Medical and sanitary report on the native army of Bombay for the year
Year: 1878
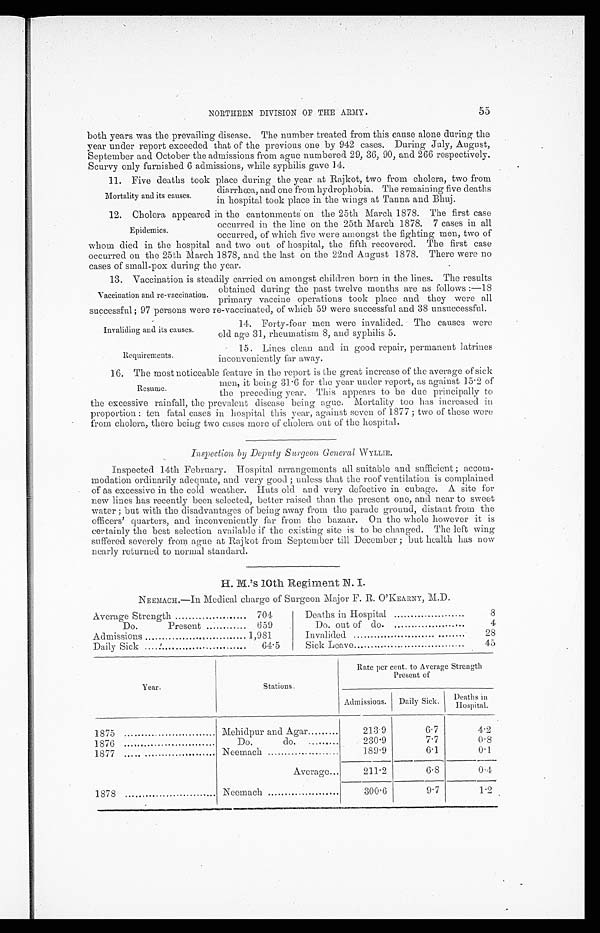
Invaliding and its causes.
Requirements.
NORTHERN DIVISION OF THE ARMY
55
both years was the prevailing disease. The number treated from this cause alone during the
year under report exceeded that of the previous one by 942 cases. During July, August,
September and October the admissions from ague numbered 29, 36, 90, and 266 respectively.
Scurvy only furnished 6 admissions, while syphilis gave 14.
11. Five deaths took place during the year at Raikot, two from cholera, two from
Mortality and its causes.
diarrhœa, and one from hydrophobia. The remaining five deaths
in hospital took place in the wings at Tanna and Bhuj.
12. Cholera appeared in the cantonments on the 25th March 1878. The first case
Epidemics.
occurred in the line on the 25th March 1878. 7 cases in all
occurred, of which five were amongst the fighting men, two of
whom died in the hospital and two out of hospital, the fifth recovered. The first case
occurred on the 25th March 1878, and the last on the 22nd August 1878. There were no
cases of small-pox during the year.
13. Vaccination is steadily carried on amongst children born in the lines. The results
Vaccination and re-vaccination. obtained during the past twelve months are as follows :—18
primary vaccine operations took place and they were all
successful; 97 persons were re-vaccinated, of which 59 were successful and 38 unsuccessful.
14. Forty-four men were invalided. The causes were
old age 31, rheumatism 8, and syphilis 5.
15. Lines clean and in good repair, permanent latrines
inconveniently far away.
16. The most noticeable feature in the report is the great increase of the average of sick
Resume.
men, it being 31.6 for the year under report, as against 15.2 of
the preceding year. This appears to be due principally to
the excessive rainfall, the prevalent disease being ague. Mortality too has increased in
proportion : ten fatal cases in hospital this year, against seven of 1877 ; two of these were
from cholera, there being two cases more of cholera out of the hospital.
Inspection by Deputy Surgeon General WYLLIE.
Inspected 14th February. Hospital arrangements all suitable and sufficient; accom-
modation ordinarily adequate, and very good ; unless that the roof ventilation is complained
of as excessive in the cold weather. Huts old and very defective in cubage. A site for
new lines has recently been selected, better raised than the present one, and near to sweet
water ; but with the disadvantages of being away from the parade ground, distant from the
officers' quarters, and inconveniently far from the bazaar. On the whole however it is
certainly the best selection available if the existing site is to be changed. The left wing
suffered severely from ague at Rajkot from September till December ; but health has now
nearly returned to normal standard.
H. M.’s 10th Regiment N. I.
NEEMACH.—In Medical charge of Surgeon Major F. R. O ' KEARNY, M.D.
Average Strength
7 0 4
Do.
Present
659
Admissions
1,981
Daily Sick
64.5
Deaths in Hospital
8
Do. out of do.
.
4
Invalided
28
Sick Leave
45
Year.
Stations.
Rate per cent. to Average Strength
Present of
Admissions.
Daily Sick.
Deaths in
Hospital.
1875
Mehidpur and Agar
213.9
6.7
4.2
1876
Do.
do.
230.9
7.7
0.8
1877
Neemach
189.9
6.1
0.1
Average
211.2
6.8
0.4
1878
Neemach
300.6
9.7
1.2